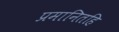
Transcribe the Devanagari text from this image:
प्रमानितहि